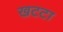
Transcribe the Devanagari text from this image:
खटटा